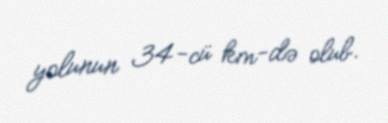
yolunun 34-cü km-də olub.